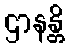
ဌာနန္တိ